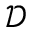
\mathcal { D }